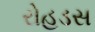
રોહડસ